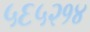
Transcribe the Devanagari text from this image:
५६५२१४